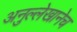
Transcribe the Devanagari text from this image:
अनुल्लेखानेच